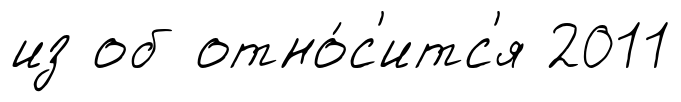
из об отно́с'итс'я 2011